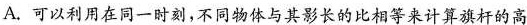
A.可以利用在同一时刻，不同物体与其影长的比相等来计算旗杆的高